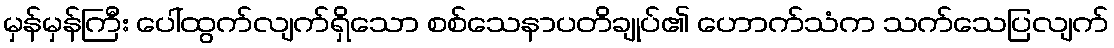
မှန်မှန်ကြီး ပေါ်ထွက်လျက်ရှိသော စစ်သေနာပတိချုပ်၏ ဟောက်သံက သက်သေပြလျက်